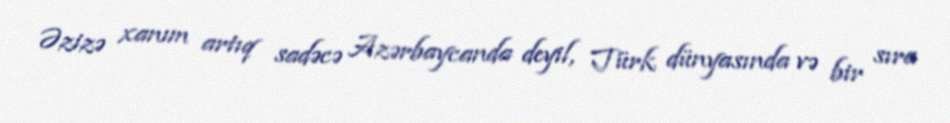
Əzizə xanım artıq sadəcə Azərbaycanda deyil, Türk dünyasında və bir sıra